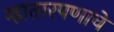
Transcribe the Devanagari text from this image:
म्हातारपणाचे